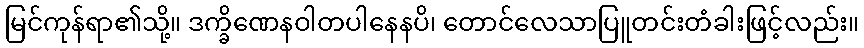
မြင်ကုန်ရာ၏သို့။ ဒက္ခိဏေနဝါတပါနေနပိ၊ တောင်လေသာပြူတင်းတံခါးဖြင့်လည်း။